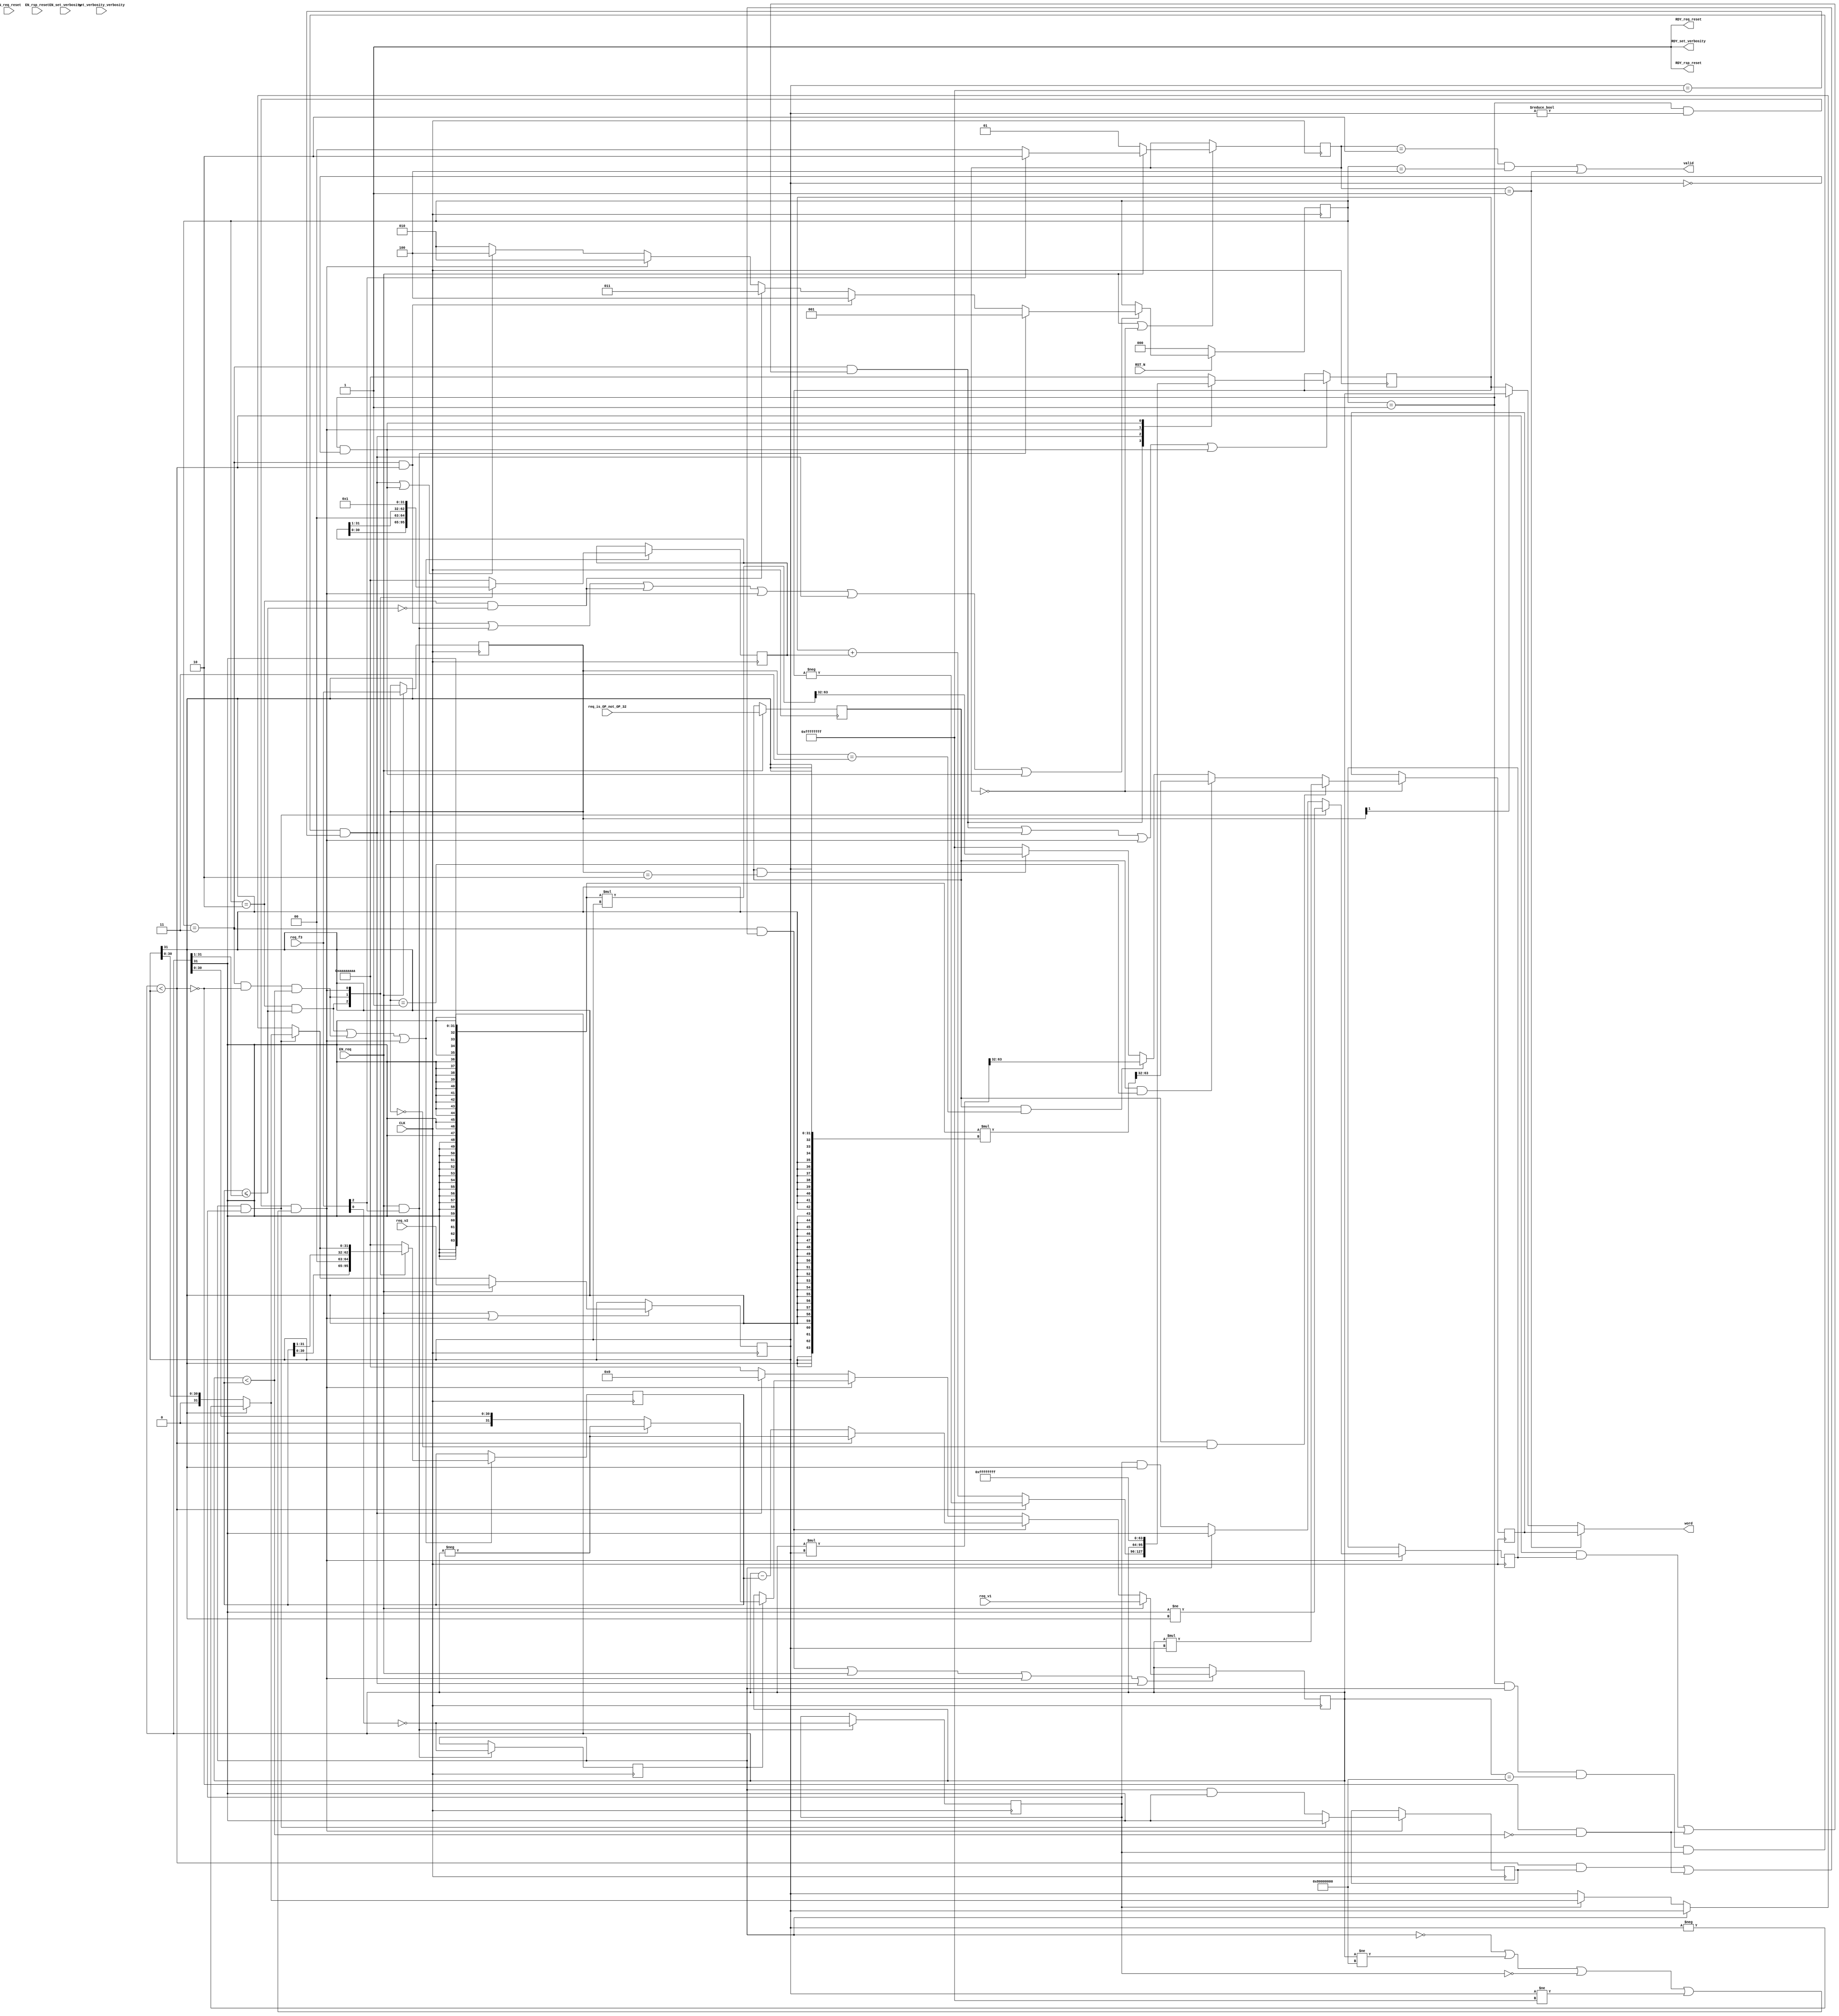
// This program was cloned from: https://github.com/bluespec/Piccolo
// License: Apache License 2.0

//
// Generated by Bluespec Compiler (build 0fccbb13)
//
//
// Ports:
// Name                         I/O  size props
// RDY_set_verbosity              O     1 const
// RDY_req_reset                  O     1 const
// RDY_rsp_reset                  O     1 const
// valid                          O     1
// word                           O    32
// CLK                            I     1 clock
// RST_N                          I     1 reset
// set_verbosity_verbosity        I     4 reg
// req_is_OP_not_OP_32            I     1 reg
// req_f3                         I     3
// req_v1                         I    32
// req_v2                         I    32
// EN_set_verbosity               I     1
// EN_req_reset                   I     1 unused
// EN_rsp_reset                   I     1 unused
// EN_req                         I     1
//
// No combinational paths from inputs to outputs
//
//

`ifdef BSV_ASSIGNMENT_DELAY
`else
  `define BSV_ASSIGNMENT_DELAY
`endif

`ifdef BSV_POSITIVE_RESET
  `define BSV_RESET_VALUE 1'b1
  `define BSV_RESET_EDGE posedge
`else
  `define BSV_RESET_VALUE 1'b0
  `define BSV_RESET_EDGE negedge
`endif

module mkRISCV_MBox(CLK,
		    RST_N,

		    set_verbosity_verbosity,
		    EN_set_verbosity,
		    RDY_set_verbosity,

		    EN_req_reset,
		    RDY_req_reset,

		    EN_rsp_reset,
		    RDY_rsp_reset,

		    req_is_OP_not_OP_32,
		    req_f3,
		    req_v1,
		    req_v2,
		    EN_req,

		    valid,

		    word);
  input  CLK;
  input  RST_N;

  // action method set_verbosity
  input  [3 : 0] set_verbosity_verbosity;
  input  EN_set_verbosity;
  output RDY_set_verbosity;

  // action method req_reset
  input  EN_req_reset;
  output RDY_req_reset;

  // action method rsp_reset
  input  EN_rsp_reset;
  output RDY_rsp_reset;

  // action method req
  input  req_is_OP_not_OP_32;
  input  [2 : 0] req_f3;
  input  [31 : 0] req_v1;
  input  [31 : 0] req_v2;
  input  EN_req;

  // value method valid
  output valid;

  // value method word
  output [31 : 0] word;

  // signals for module outputs
  wire [31 : 0] word;
  wire RDY_req_reset, RDY_rsp_reset, RDY_set_verbosity, valid;

  // inlined wires
  wire dw_valid$whas;

  // register cfg_verbosity
  reg [3 : 0] cfg_verbosity;
  wire [3 : 0] cfg_verbosity$D_IN;
  wire cfg_verbosity$EN;

  // register intDiv_rg_denom2
  reg [31 : 0] intDiv_rg_denom2;
  reg [31 : 0] intDiv_rg_denom2$D_IN;
  wire intDiv_rg_denom2$EN;

  // register intDiv_rg_denom_is_signed
  reg intDiv_rg_denom_is_signed;
  wire intDiv_rg_denom_is_signed$D_IN, intDiv_rg_denom_is_signed$EN;

  // register intDiv_rg_n
  reg [31 : 0] intDiv_rg_n;
  reg [31 : 0] intDiv_rg_n$D_IN;
  wire intDiv_rg_n$EN;

  // register intDiv_rg_numer_is_signed
  reg intDiv_rg_numer_is_signed;
  wire intDiv_rg_numer_is_signed$D_IN, intDiv_rg_numer_is_signed$EN;

  // register intDiv_rg_quo
  reg [31 : 0] intDiv_rg_quo;
  reg [31 : 0] intDiv_rg_quo$D_IN;
  wire intDiv_rg_quo$EN;

  // register intDiv_rg_quoIsNeg
  reg intDiv_rg_quoIsNeg;
  wire intDiv_rg_quoIsNeg$D_IN, intDiv_rg_quoIsNeg$EN;

  // register intDiv_rg_remIsNeg
  reg intDiv_rg_remIsNeg;
  wire intDiv_rg_remIsNeg$D_IN, intDiv_rg_remIsNeg$EN;

  // register intDiv_rg_state
  reg [2 : 0] intDiv_rg_state;
  reg [2 : 0] intDiv_rg_state$D_IN;
  wire intDiv_rg_state$EN;

  // register rg_f3
  reg [2 : 0] rg_f3;
  wire [2 : 0] rg_f3$D_IN;
  wire rg_f3$EN;

  // register rg_is_OP_not_OP_32
  reg rg_is_OP_not_OP_32;
  wire rg_is_OP_not_OP_32$D_IN, rg_is_OP_not_OP_32$EN;

  // register rg_result
  reg [31 : 0] rg_result;
  wire [31 : 0] rg_result$D_IN;
  wire rg_result$EN;

  // register rg_state
  reg [1 : 0] rg_state;
  wire [1 : 0] rg_state$D_IN;
  wire rg_state$EN;

  // register rg_v1
  reg [31 : 0] rg_v1;
  reg [31 : 0] rg_v1$D_IN;
  wire rg_v1$EN;

  // register rg_v2
  reg [31 : 0] rg_v2;
  wire [31 : 0] rg_v2$D_IN;
  wire rg_v2$EN;

  // rule scheduling signals
  wire CAN_FIRE_RL_intDiv_rl_loop1,
       CAN_FIRE_RL_intDiv_rl_loop2,
       CAN_FIRE_RL_intDiv_rl_start_div_by_zero,
       CAN_FIRE_RL_intDiv_rl_start_overflow,
       CAN_FIRE_RL_intDiv_rl_start_s,
       CAN_FIRE_RL_rg_div_rem,
       CAN_FIRE_RL_rl_mul,
       CAN_FIRE_RL_rl_mul2,
       CAN_FIRE_req,
       CAN_FIRE_req_reset,
       CAN_FIRE_rsp_reset,
       CAN_FIRE_set_verbosity,
       WILL_FIRE_RL_intDiv_rl_loop1,
       WILL_FIRE_RL_intDiv_rl_loop2,
       WILL_FIRE_RL_intDiv_rl_start_div_by_zero,
       WILL_FIRE_RL_intDiv_rl_start_overflow,
       WILL_FIRE_RL_intDiv_rl_start_s,
       WILL_FIRE_RL_rg_div_rem,
       WILL_FIRE_RL_rl_mul,
       WILL_FIRE_RL_rl_mul2,
       WILL_FIRE_req,
       WILL_FIRE_req_reset,
       WILL_FIRE_rsp_reset,
       WILL_FIRE_set_verbosity;

  // inputs to muxes for submodule ports
  wire [31 : 0] MUX_dw_result$wset_1__VAL_2,
		MUX_intDiv_rg_denom2$write_1__VAL_1,
		MUX_intDiv_rg_denom2$write_1__VAL_2,
		MUX_intDiv_rg_denom2$write_1__VAL_3,
		MUX_intDiv_rg_n$write_1__VAL_1,
		MUX_intDiv_rg_n$write_1__VAL_2,
		MUX_intDiv_rg_quo$write_1__VAL_1,
		MUX_rg_v1$write_1__VAL_2,
		MUX_rg_v1$write_1__VAL_3;
  wire [1 : 0] MUX_rg_state$write_1__VAL_1;
  wire MUX_intDiv_rg_denom2$write_1__SEL_1,
       MUX_intDiv_rg_denom2$write_1__SEL_2,
       MUX_intDiv_rg_quo$write_1__SEL_1,
       MUX_intDiv_rg_state$write_1__SEL_1,
       MUX_intDiv_rg_state$write_1__SEL_2,
       MUX_intDiv_rg_state$write_1__SEL_3,
       MUX_rg_v1$write_1__SEL_2;

  // declarations used by system tasks
  // synopsys translate_off
  reg [31 : 0] v__h3300;
  reg [31 : 0] v__h3294;
  // synopsys translate_on

  // remaining internal signals
  wire [127 : 0] SEXT_rg_v1__03_MUL_0_CONCAT_rg_v2_09___d113,
		 SEXT_rg_v1__03_MUL_SEXT_rg_v2__04___d105,
		 _0_CONCAT_rg_v1_08_MUL_0_CONCAT_rg_v2_09___d110;
  wire [63 : 0] SEXT_rg_v1____d103, rg_v1_MUL_rg_v2___d100, v1__h3187;
  wire [31 : 0] _theResult___fst__h765,
		_theResult___snd_fst__h760,
		denom___1__h698,
		numer___1__h697,
		v__h3111,
		v__h3169,
		v__h3220,
		x__h2652,
		x__h2756,
		x__h2815,
		x__h2830,
		y__h2513;
  wire IF_intDiv_rg_numer_is_signed_THEN_rg_v1_BIT_31_ETC___d39,
       intDiv_rg_denom2_4_ULE_0_CONCAT_rg_v1_BITS_31__ETC___d47,
       rg_v1_ULT_intDiv_rg_denom2_4___d59,
       rg_v1_ULT_rg_v2___d55;

  // action method set_verbosity
  assign RDY_set_verbosity = 1'd1 ;
  assign CAN_FIRE_set_verbosity = 1'd1 ;
  assign WILL_FIRE_set_verbosity = EN_set_verbosity ;

  // action method req_reset
  assign RDY_req_reset = 1'd1 ;
  assign CAN_FIRE_req_reset = 1'd1 ;
  assign WILL_FIRE_req_reset = EN_req_reset ;

  // action method rsp_reset
  assign RDY_rsp_reset = 1'd1 ;
  assign CAN_FIRE_rsp_reset = 1'd1 ;
  assign WILL_FIRE_rsp_reset = EN_rsp_reset ;

  // action method req
  assign CAN_FIRE_req = 1'd1 ;
  assign WILL_FIRE_req = EN_req ;

  // value method valid
  assign valid = dw_valid$whas ;

  // value method word
  assign word =
	     WILL_FIRE_RL_rl_mul2 ? rg_result : MUX_dw_result$wset_1__VAL_2 ;

  // rule RL_rl_mul
  assign CAN_FIRE_RL_rl_mul = rg_state == 2'd0 ;
  assign WILL_FIRE_RL_rl_mul = rg_state == 2'd0 ;

  // rule RL_rl_mul2
  assign CAN_FIRE_RL_rl_mul2 = rg_state == 2'd1 ;
  assign WILL_FIRE_RL_rl_mul2 = CAN_FIRE_RL_rl_mul2 ;

  // rule RL_rg_div_rem
  assign CAN_FIRE_RL_rg_div_rem =
	     rg_state == 2'd2 && intDiv_rg_state == 3'd4 ;
  assign WILL_FIRE_RL_rg_div_rem = CAN_FIRE_RL_rg_div_rem ;

  // rule RL_intDiv_rl_start_div_by_zero
  assign CAN_FIRE_RL_intDiv_rl_start_div_by_zero =
	     intDiv_rg_state == 3'd1 && rg_v2 == 32'd0 ;
  assign WILL_FIRE_RL_intDiv_rl_start_div_by_zero =
	     CAN_FIRE_RL_intDiv_rl_start_div_by_zero ;

  // rule RL_intDiv_rl_start_overflow
  assign CAN_FIRE_RL_intDiv_rl_start_overflow =
	     intDiv_rg_state == 3'd1 && intDiv_rg_numer_is_signed &&
	     rg_v1 == 32'h80000000 &&
	     intDiv_rg_denom_is_signed &&
	     rg_v2 == 32'hFFFFFFFF ;
  assign WILL_FIRE_RL_intDiv_rl_start_overflow =
	     CAN_FIRE_RL_intDiv_rl_start_overflow ;

  // rule RL_intDiv_rl_start_s
  assign CAN_FIRE_RL_intDiv_rl_start_s =
	     intDiv_rg_state == 3'd1 && rg_v2 != 32'd0 &&
	     (!intDiv_rg_numer_is_signed || rg_v1 != 32'h80000000 ||
	      !intDiv_rg_denom_is_signed ||
	      rg_v2 != 32'hFFFFFFFF) ;
  assign WILL_FIRE_RL_intDiv_rl_start_s = CAN_FIRE_RL_intDiv_rl_start_s ;

  // rule RL_intDiv_rl_loop1
  assign CAN_FIRE_RL_intDiv_rl_loop1 = intDiv_rg_state == 3'd2 ;
  assign WILL_FIRE_RL_intDiv_rl_loop1 = CAN_FIRE_RL_intDiv_rl_loop1 ;

  // rule RL_intDiv_rl_loop2
  assign CAN_FIRE_RL_intDiv_rl_loop2 = intDiv_rg_state == 3'd3 ;
  assign WILL_FIRE_RL_intDiv_rl_loop2 = CAN_FIRE_RL_intDiv_rl_loop2 ;

  // inputs to muxes for submodule ports
  assign MUX_intDiv_rg_denom2$write_1__SEL_1 =
	     WILL_FIRE_RL_intDiv_rl_loop1 &&
	     intDiv_rg_denom2_4_ULE_0_CONCAT_rg_v1_BITS_31__ETC___d47 ;
  assign MUX_intDiv_rg_denom2$write_1__SEL_2 =
	     WILL_FIRE_RL_intDiv_rl_loop2 && !rg_v1_ULT_rg_v2___d55 &&
	     rg_v1_ULT_intDiv_rg_denom2_4___d59 ;
  assign MUX_intDiv_rg_quo$write_1__SEL_1 =
	     WILL_FIRE_RL_intDiv_rl_loop2 &&
	     (rg_v1_ULT_rg_v2___d55 && intDiv_rg_quoIsNeg ||
	      !rg_v1_ULT_rg_v2___d55 && !rg_v1_ULT_intDiv_rg_denom2_4___d59) ;
  assign MUX_intDiv_rg_state$write_1__SEL_1 = EN_req && req_f3[2] ;
  assign MUX_intDiv_rg_state$write_1__SEL_2 =
	     WILL_FIRE_RL_intDiv_rl_loop2 && rg_v1_ULT_rg_v2___d55 ;
  assign MUX_intDiv_rg_state$write_1__SEL_3 =
	     WILL_FIRE_RL_intDiv_rl_loop1 &&
	     !intDiv_rg_denom2_4_ULE_0_CONCAT_rg_v1_BITS_31__ETC___d47 ;
  assign MUX_rg_v1$write_1__SEL_2 =
	     WILL_FIRE_RL_intDiv_rl_loop2 &&
	     (rg_v1_ULT_rg_v2___d55 && intDiv_rg_remIsNeg ||
	      !rg_v1_ULT_rg_v2___d55 && !rg_v1_ULT_intDiv_rg_denom2_4___d59) ;
  assign MUX_dw_result$wset_1__VAL_2 = rg_f3[1] ? rg_v1 : intDiv_rg_quo ;
  assign MUX_intDiv_rg_denom2$write_1__VAL_1 =
	     { intDiv_rg_denom2[30:0], 1'd0 } ;
  assign MUX_intDiv_rg_denom2$write_1__VAL_2 =
	     { 1'd0, intDiv_rg_denom2[31:1] } ;
  assign MUX_intDiv_rg_denom2$write_1__VAL_3 =
	     (intDiv_rg_numer_is_signed && intDiv_rg_denom_is_signed) ?
	       denom___1__h698 :
	       _theResult___snd_fst__h760 ;
  assign MUX_intDiv_rg_n$write_1__VAL_1 = { intDiv_rg_n[30:0], 1'd0 } ;
  assign MUX_intDiv_rg_n$write_1__VAL_2 = { 1'd0, intDiv_rg_n[31:1] } ;
  assign MUX_intDiv_rg_quo$write_1__VAL_1 =
	     rg_v1_ULT_rg_v2___d55 ? x__h2756 : x__h2830 ;
  assign MUX_rg_state$write_1__VAL_1 = req_f3[2] ? 2'd2 : 2'd0 ;
  assign MUX_rg_v1$write_1__VAL_2 =
	     rg_v1_ULT_rg_v2___d55 ? x__h2815 : x__h2652 ;
  assign MUX_rg_v1$write_1__VAL_3 =
	     intDiv_rg_numer_is_signed ? numer___1__h697 : rg_v1 ;

  // inlined wires
  assign dw_valid$whas = WILL_FIRE_RL_rg_div_rem || WILL_FIRE_RL_rl_mul2 ;

  // register cfg_verbosity
  assign cfg_verbosity$D_IN = set_verbosity_verbosity ;
  assign cfg_verbosity$EN = EN_set_verbosity ;

  // register intDiv_rg_denom2
  always@(MUX_intDiv_rg_denom2$write_1__SEL_1 or
	  MUX_intDiv_rg_denom2$write_1__VAL_1 or
	  MUX_intDiv_rg_denom2$write_1__SEL_2 or
	  MUX_intDiv_rg_denom2$write_1__VAL_2 or
	  WILL_FIRE_RL_intDiv_rl_start_s or
	  MUX_intDiv_rg_denom2$write_1__VAL_3)
  begin
    case (1'b1) // synopsys parallel_case
      MUX_intDiv_rg_denom2$write_1__SEL_1:
	  intDiv_rg_denom2$D_IN = MUX_intDiv_rg_denom2$write_1__VAL_1;
      MUX_intDiv_rg_denom2$write_1__SEL_2:
	  intDiv_rg_denom2$D_IN = MUX_intDiv_rg_denom2$write_1__VAL_2;
      WILL_FIRE_RL_intDiv_rl_start_s:
	  intDiv_rg_denom2$D_IN = MUX_intDiv_rg_denom2$write_1__VAL_3;
      default: intDiv_rg_denom2$D_IN = 32'hAAAAAAAA /* unspecified value */ ;
    endcase
  end
  assign intDiv_rg_denom2$EN =
	     WILL_FIRE_RL_intDiv_rl_loop1 &&
	     intDiv_rg_denom2_4_ULE_0_CONCAT_rg_v1_BITS_31__ETC___d47 ||
	     WILL_FIRE_RL_intDiv_rl_loop2 && !rg_v1_ULT_rg_v2___d55 &&
	     rg_v1_ULT_intDiv_rg_denom2_4___d59 ||
	     WILL_FIRE_RL_intDiv_rl_start_s ;

  // register intDiv_rg_denom_is_signed
  assign intDiv_rg_denom_is_signed$D_IN = !req_f3[0] ;
  assign intDiv_rg_denom_is_signed$EN = MUX_intDiv_rg_state$write_1__SEL_1 ;

  // register intDiv_rg_n
  always@(MUX_intDiv_rg_denom2$write_1__SEL_1 or
	  MUX_intDiv_rg_n$write_1__VAL_1 or
	  MUX_intDiv_rg_denom2$write_1__SEL_2 or
	  MUX_intDiv_rg_n$write_1__VAL_2 or WILL_FIRE_RL_intDiv_rl_start_s)
  begin
    case (1'b1) // synopsys parallel_case
      MUX_intDiv_rg_denom2$write_1__SEL_1:
	  intDiv_rg_n$D_IN = MUX_intDiv_rg_n$write_1__VAL_1;
      MUX_intDiv_rg_denom2$write_1__SEL_2:
	  intDiv_rg_n$D_IN = MUX_intDiv_rg_n$write_1__VAL_2;
      WILL_FIRE_RL_intDiv_rl_start_s: intDiv_rg_n$D_IN = 32'd1;
      default: intDiv_rg_n$D_IN = 32'hAAAAAAAA /* unspecified value */ ;
    endcase
  end
  assign intDiv_rg_n$EN =
	     WILL_FIRE_RL_intDiv_rl_loop1 &&
	     intDiv_rg_denom2_4_ULE_0_CONCAT_rg_v1_BITS_31__ETC___d47 ||
	     WILL_FIRE_RL_intDiv_rl_loop2 && !rg_v1_ULT_rg_v2___d55 &&
	     rg_v1_ULT_intDiv_rg_denom2_4___d59 ||
	     WILL_FIRE_RL_intDiv_rl_start_s ;

  // register intDiv_rg_numer_is_signed
  assign intDiv_rg_numer_is_signed$D_IN = !req_f3[0] ;
  assign intDiv_rg_numer_is_signed$EN = MUX_intDiv_rg_state$write_1__SEL_1 ;

  // register intDiv_rg_quo
  always@(MUX_intDiv_rg_quo$write_1__SEL_1 or
	  MUX_intDiv_rg_quo$write_1__VAL_1 or
	  WILL_FIRE_RL_intDiv_rl_start_overflow or
	  rg_v1 or
	  WILL_FIRE_RL_intDiv_rl_start_s or
	  WILL_FIRE_RL_intDiv_rl_start_div_by_zero)
  begin
    case (1'b1) // synopsys parallel_case
      MUX_intDiv_rg_quo$write_1__SEL_1:
	  intDiv_rg_quo$D_IN = MUX_intDiv_rg_quo$write_1__VAL_1;
      WILL_FIRE_RL_intDiv_rl_start_overflow: intDiv_rg_quo$D_IN = rg_v1;
      WILL_FIRE_RL_intDiv_rl_start_s: intDiv_rg_quo$D_IN = 32'd0;
      WILL_FIRE_RL_intDiv_rl_start_div_by_zero:
	  intDiv_rg_quo$D_IN = 32'hFFFFFFFF;
      default: intDiv_rg_quo$D_IN = 32'hAAAAAAAA /* unspecified value */ ;
    endcase
  end
  assign intDiv_rg_quo$EN =
	     MUX_intDiv_rg_quo$write_1__SEL_1 ||
	     WILL_FIRE_RL_intDiv_rl_start_overflow ||
	     WILL_FIRE_RL_intDiv_rl_start_s ||
	     WILL_FIRE_RL_intDiv_rl_start_div_by_zero ;

  // register intDiv_rg_quoIsNeg
  assign intDiv_rg_quoIsNeg$D_IN =
	     (intDiv_rg_numer_is_signed && intDiv_rg_denom_is_signed) ?
	       rg_v1[31] != rg_v2[31] :
	       IF_intDiv_rg_numer_is_signed_THEN_rg_v1_BIT_31_ETC___d39 ;
  assign intDiv_rg_quoIsNeg$EN = CAN_FIRE_RL_intDiv_rl_start_s ;

  // register intDiv_rg_remIsNeg
  assign intDiv_rg_remIsNeg$D_IN =
	     (intDiv_rg_numer_is_signed && intDiv_rg_denom_is_signed) ?
	       rg_v1[31] :
	       intDiv_rg_numer_is_signed && rg_v1[31] ;
  assign intDiv_rg_remIsNeg$EN = CAN_FIRE_RL_intDiv_rl_start_s ;

  // register intDiv_rg_state
  always@(MUX_intDiv_rg_state$write_1__SEL_1 or
	  MUX_intDiv_rg_state$write_1__SEL_2 or
	  MUX_intDiv_rg_state$write_1__SEL_3 or
	  WILL_FIRE_RL_intDiv_rl_start_s or
	  WILL_FIRE_RL_intDiv_rl_start_overflow or
	  WILL_FIRE_RL_intDiv_rl_start_div_by_zero)
  case (1'b1)
    MUX_intDiv_rg_state$write_1__SEL_1: intDiv_rg_state$D_IN = 3'd1;
    MUX_intDiv_rg_state$write_1__SEL_2: intDiv_rg_state$D_IN = 3'd4;
    MUX_intDiv_rg_state$write_1__SEL_3: intDiv_rg_state$D_IN = 3'd3;
    WILL_FIRE_RL_intDiv_rl_start_s: intDiv_rg_state$D_IN = 3'd2;
    WILL_FIRE_RL_intDiv_rl_start_overflow ||
    WILL_FIRE_RL_intDiv_rl_start_div_by_zero:
	intDiv_rg_state$D_IN = 3'd4;
    default: intDiv_rg_state$D_IN = 3'b010 /* unspecified value */ ;
  endcase
  assign intDiv_rg_state$EN =
	     WILL_FIRE_RL_intDiv_rl_loop2 && rg_v1_ULT_rg_v2___d55 ||
	     EN_req && req_f3[2] ||
	     WILL_FIRE_RL_intDiv_rl_loop1 &&
	     !intDiv_rg_denom2_4_ULE_0_CONCAT_rg_v1_BITS_31__ETC___d47 ||
	     WILL_FIRE_RL_intDiv_rl_start_s ||
	     WILL_FIRE_RL_intDiv_rl_start_overflow ||
	     WILL_FIRE_RL_intDiv_rl_start_div_by_zero ;

  // register rg_f3
  assign rg_f3$D_IN = req_f3 ;
  assign rg_f3$EN = EN_req ;

  // register rg_is_OP_not_OP_32
  assign rg_is_OP_not_OP_32$D_IN = req_is_OP_not_OP_32 ;
  assign rg_is_OP_not_OP_32$EN = EN_req ;

  // register rg_result
  assign rg_result$D_IN =
	     (rg_is_OP_not_OP_32 && rg_f3 == 3'b0) ?
	       rg_v1_MUL_rg_v2___d100[31:0] :
	       v__h3111 ;
  assign rg_result$EN = rg_state == 2'd0 ;

  // register rg_state
  assign rg_state$D_IN = EN_req ? MUX_rg_state$write_1__VAL_1 : 2'd1 ;
  assign rg_state$EN = EN_req || WILL_FIRE_RL_rl_mul ;

  // register rg_v1
  always@(EN_req or
	  req_v1 or
	  MUX_rg_v1$write_1__SEL_2 or
	  MUX_rg_v1$write_1__VAL_2 or
	  WILL_FIRE_RL_intDiv_rl_start_s or
	  MUX_rg_v1$write_1__VAL_3 or WILL_FIRE_RL_intDiv_rl_start_overflow)
  case (1'b1)
    EN_req: rg_v1$D_IN = req_v1;
    MUX_rg_v1$write_1__SEL_2: rg_v1$D_IN = MUX_rg_v1$write_1__VAL_2;
    WILL_FIRE_RL_intDiv_rl_start_s: rg_v1$D_IN = MUX_rg_v1$write_1__VAL_3;
    WILL_FIRE_RL_intDiv_rl_start_overflow: rg_v1$D_IN = 32'd0;
    default: rg_v1$D_IN = 32'hAAAAAAAA /* unspecified value */ ;
  endcase
  assign rg_v1$EN =
	     MUX_rg_v1$write_1__SEL_2 || EN_req ||
	     WILL_FIRE_RL_intDiv_rl_start_s ||
	     WILL_FIRE_RL_intDiv_rl_start_overflow ;

  // register rg_v2
  assign rg_v2$D_IN = EN_req ? req_v2 : MUX_intDiv_rg_denom2$write_1__VAL_3 ;
  assign rg_v2$EN = EN_req || WILL_FIRE_RL_intDiv_rl_start_s ;

  // remaining internal signals
  assign IF_intDiv_rg_numer_is_signed_THEN_rg_v1_BIT_31_ETC___d39 =
	     intDiv_rg_numer_is_signed ?
	       rg_v1[31] :
	       intDiv_rg_denom_is_signed && rg_v2[31] ;
  assign SEXT_rg_v1__03_MUL_0_CONCAT_rg_v2_09___d113 =
	     SEXT_rg_v1____d103 * { 32'd0, rg_v2 } ;
  assign SEXT_rg_v1__03_MUL_SEXT_rg_v2__04___d105 =
	     SEXT_rg_v1____d103 * { {32{rg_v2[31]}}, rg_v2 } ;
  assign SEXT_rg_v1____d103 = { {32{rg_v1[31]}}, rg_v1 } ;
  assign _0_CONCAT_rg_v1_08_MUL_0_CONCAT_rg_v2_09___d110 =
	     v1__h3187 * { 32'd0, rg_v2 } ;
  assign _theResult___fst__h765 =
	     intDiv_rg_denom_is_signed ? denom___1__h698 : rg_v2 ;
  assign _theResult___snd_fst__h760 =
	     intDiv_rg_numer_is_signed ? rg_v2 : _theResult___fst__h765 ;
  assign denom___1__h698 = rg_v2[31] ? -rg_v2 : rg_v2 ;
  assign intDiv_rg_denom2_4_ULE_0_CONCAT_rg_v1_BITS_31__ETC___d47 =
	     intDiv_rg_denom2 <= y__h2513 ;
  assign numer___1__h697 = rg_v1[31] ? x__h2815 : rg_v1 ;
  assign rg_v1_MUL_rg_v2___d100 = rg_v1 * rg_v2 ;
  assign rg_v1_ULT_intDiv_rg_denom2_4___d59 = rg_v1 < intDiv_rg_denom2 ;
  assign rg_v1_ULT_rg_v2___d55 = rg_v1 < rg_v2 ;
  assign v1__h3187 = { 32'd0, rg_v1 } ;
  assign v__h3111 =
	     (rg_is_OP_not_OP_32 && rg_f3 == 3'b001) ?
	       SEXT_rg_v1__03_MUL_SEXT_rg_v2__04___d105[63:32] :
	       v__h3169 ;
  assign v__h3169 =
	     (rg_is_OP_not_OP_32 && rg_f3 == 3'b011) ?
	       _0_CONCAT_rg_v1_08_MUL_0_CONCAT_rg_v2_09___d110[63:32] :
	       v__h3220 ;
  assign v__h3220 =
	     (rg_is_OP_not_OP_32 && rg_f3 == 3'b010) ?
	       SEXT_rg_v1__03_MUL_0_CONCAT_rg_v2_09___d113[63:32] :
	       32'hFFFFFFFF ;
  assign x__h2652 = rg_v1 - intDiv_rg_denom2 ;
  assign x__h2756 = -intDiv_rg_quo ;
  assign x__h2815 = -rg_v1 ;
  assign x__h2830 = intDiv_rg_quo + intDiv_rg_n ;
  assign y__h2513 = { 1'd0, rg_v1[31:1] } ;

  // handling of inlined registers

  always@(posedge CLK)
  begin
    if (RST_N == `BSV_RESET_VALUE)
      begin
        cfg_verbosity <= `BSV_ASSIGNMENT_DELAY 4'd0;
	intDiv_rg_state <= `BSV_ASSIGNMENT_DELAY 3'd0;
      end
    else
      begin
        if (cfg_verbosity$EN)
	  cfg_verbosity <= `BSV_ASSIGNMENT_DELAY cfg_verbosity$D_IN;
	if (intDiv_rg_state$EN)
	  intDiv_rg_state <= `BSV_ASSIGNMENT_DELAY intDiv_rg_state$D_IN;
      end
    if (intDiv_rg_denom2$EN)
      intDiv_rg_denom2 <= `BSV_ASSIGNMENT_DELAY intDiv_rg_denom2$D_IN;
    if (intDiv_rg_denom_is_signed$EN)
      intDiv_rg_denom_is_signed <= `BSV_ASSIGNMENT_DELAY
	  intDiv_rg_denom_is_signed$D_IN;
    if (intDiv_rg_n$EN) intDiv_rg_n <= `BSV_ASSIGNMENT_DELAY intDiv_rg_n$D_IN;
    if (intDiv_rg_numer_is_signed$EN)
      intDiv_rg_numer_is_signed <= `BSV_ASSIGNMENT_DELAY
	  intDiv_rg_numer_is_signed$D_IN;
    if (intDiv_rg_quo$EN)
      intDiv_rg_quo <= `BSV_ASSIGNMENT_DELAY intDiv_rg_quo$D_IN;
    if (intDiv_rg_quoIsNeg$EN)
      intDiv_rg_quoIsNeg <= `BSV_ASSIGNMENT_DELAY intDiv_rg_quoIsNeg$D_IN;
    if (intDiv_rg_remIsNeg$EN)
      intDiv_rg_remIsNeg <= `BSV_ASSIGNMENT_DELAY intDiv_rg_remIsNeg$D_IN;
    if (rg_f3$EN) rg_f3 <= `BSV_ASSIGNMENT_DELAY rg_f3$D_IN;
    if (rg_is_OP_not_OP_32$EN)
      rg_is_OP_not_OP_32 <= `BSV_ASSIGNMENT_DELAY rg_is_OP_not_OP_32$D_IN;
    if (rg_result$EN) rg_result <= `BSV_ASSIGNMENT_DELAY rg_result$D_IN;
    if (rg_state$EN) rg_state <= `BSV_ASSIGNMENT_DELAY rg_state$D_IN;
    if (rg_v1$EN) rg_v1 <= `BSV_ASSIGNMENT_DELAY rg_v1$D_IN;
    if (rg_v2$EN) rg_v2 <= `BSV_ASSIGNMENT_DELAY rg_v2$D_IN;
  end

  // synopsys translate_off
  `ifdef BSV_NO_INITIAL_BLOCKS
  `else // not BSV_NO_INITIAL_BLOCKS
  initial
  begin
    cfg_verbosity = 4'hA;
    intDiv_rg_denom2 = 32'hAAAAAAAA;
    intDiv_rg_denom_is_signed = 1'h0;
    intDiv_rg_n = 32'hAAAAAAAA;
    intDiv_rg_numer_is_signed = 1'h0;
    intDiv_rg_quo = 32'hAAAAAAAA;
    intDiv_rg_quoIsNeg = 1'h0;
    intDiv_rg_remIsNeg = 1'h0;
    intDiv_rg_state = 3'h2;
    rg_f3 = 3'h2;
    rg_is_OP_not_OP_32 = 1'h0;
    rg_result = 32'hAAAAAAAA;
    rg_state = 2'h2;
    rg_v1 = 32'hAAAAAAAA;
    rg_v2 = 32'hAAAAAAAA;
  end
  `endif // BSV_NO_INITIAL_BLOCKS
  // synopsys translate_on

  // handling of system tasks

  // synopsys translate_off
  always@(negedge CLK)
  begin
    #0;
    if (RST_N != `BSV_RESET_VALUE)
      if (WILL_FIRE_RL_rl_mul && cfg_verbosity > 4'd1)
	$display("    RISCV_MBox.rl_mul");
    if (RST_N != `BSV_RESET_VALUE)
      if (WILL_FIRE_RL_rl_mul &&
	  (!rg_is_OP_not_OP_32 ||
	   rg_f3 != 3'b0 && rg_f3 != 3'b001 && rg_f3 != 3'b011 &&
	   rg_f3 != 3'b010))
	begin
	  v__h3300 = $stime;
	  #0;
	end
    v__h3294 = v__h3300 / 32'd10;
    if (RST_N != `BSV_RESET_VALUE)
      if (WILL_FIRE_RL_rl_mul &&
	  (!rg_is_OP_not_OP_32 ||
	   rg_f3 != 3'b0 && rg_f3 != 3'b001 && rg_f3 != 3'b011 &&
	   rg_f3 != 3'b010))
	$display("%0d: ERROR: RISCV_MBox.rl_mul: illegal f3.", v__h3294);
    if (RST_N != `BSV_RESET_VALUE)
      if (WILL_FIRE_RL_rl_mul &&
	  (!rg_is_OP_not_OP_32 ||
	   rg_f3 != 3'b0 && rg_f3 != 3'b001 && rg_f3 != 3'b011 &&
	   rg_f3 != 3'b010))
	$display("    f3 0x%0h  v1 0x%0h  v2 0x%0h", rg_f3, rg_v1, rg_v2);
    if (RST_N != `BSV_RESET_VALUE)
      if (WILL_FIRE_RL_rl_mul &&
	  (!rg_is_OP_not_OP_32 ||
	   rg_f3 != 3'b0 && rg_f3 != 3'b001 && rg_f3 != 3'b011 &&
	   rg_f3 != 3'b010))
	$finish(32'd1);
  end
  // synopsys translate_on
endmodule  // mkRISCV_MBox